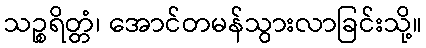
သဉ္စရိတ္တံ၊ အောင်တမန်သွားလာခြင်းသို့။